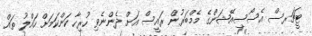
ޓީޗަރސް އެސޯސިއޭޝަންގެ މެމްބަރުން ރައީސް އަށް ދެންނެވި ހުރިހާ ކަންކަމަށް ހައްލު ތައް